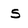
Character: s